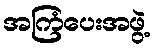
အကြံပေးအဖွဲ့